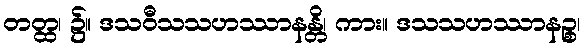
တတ္ထ၊ ၌။ ဒသဝီသသဟဿာနန္တိ၊ ကား။ ဒသသဟဿာနဉ္စ၊